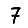
Digit: 7